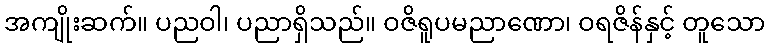
အကျိုးဆက်။ ပညဝါ၊ ပညာရှိသည်။ ဝဇိရူပမညာဏော၊ ဝရဇိန်နှင့် တူသော